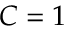
C = 1